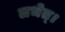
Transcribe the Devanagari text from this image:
लभेत्।